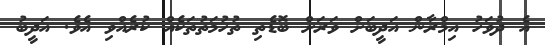
އެ ދުވަހު އިމްރާން އަދީބަށް ވަރަށް ބޮޑެތި ތުހުމަތުތަކެއް ކުރެއްވި އެވެ. އަދީބު